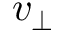
v _ { \perp }